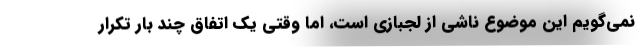
نمی‌گویم این موضوع ناشی از لجبازی است، اما وقتی یک اتفاق چند بار تکرار